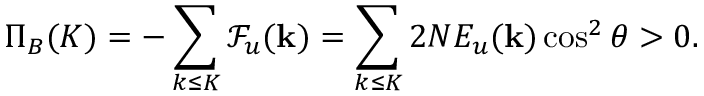
\Pi _ { B } ( K ) = - \sum _ { k \le K } \mathcal { F } _ { u } ( { \bf k } ) = \sum _ { k \le K } 2 N E _ { u } ( { \bf k } ) \cos ^ { 2 } \theta > 0 .